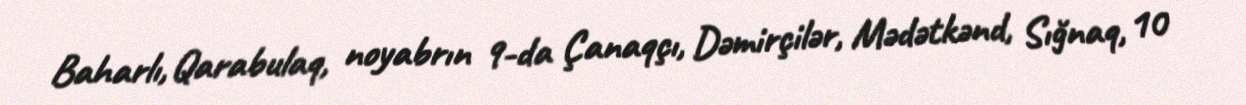
Baharlı, Qarabulaq, noyabrın 9-da Çanaqçı, Dəmirçilər, Mədətkənd, Sığnaq, 10